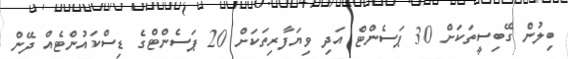
ބިލުން ގޭބިސީތަކަށް 30 ޕަސެންޓް އަދި ވިޔަފާރިތަކަށް 20 ޕަސެންޓްގެ ޑިސްކައުންޓެއް ދޭން